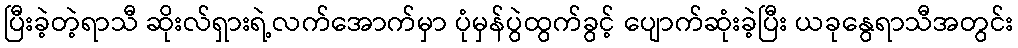
ပြီးခဲ့တဲ့ရာသီ ဆိုးလ်ရှားရဲ့လက်အောက်မှာ ပုံမှန်ပွဲထွက်ခွင့် ပျောက်ဆုံးခဲ့ပြီး ယခုနွေရာသီအတွင်း